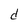
Character: d